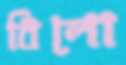
বিলো